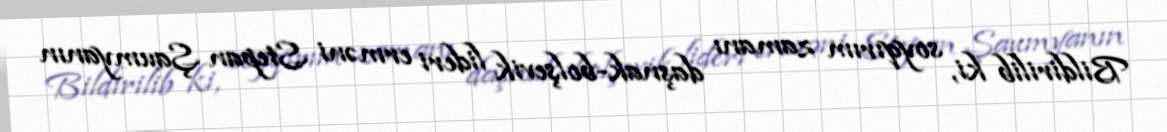
Bildirilib ki, soyqırım zamanı daşnak-bolşevik lideri erməni Stepan Şaumyanın